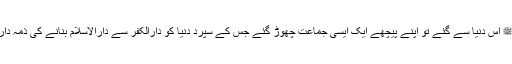
جب آپﷺ اس دنیا سے گئے تو اپنے پیچھے ایک ایسی جماعت چھوڑ گئے جس کے سپرد دنیا کو دارالکفر سے دارالاسلام بنانے کی ذمہ داری تھی۔